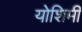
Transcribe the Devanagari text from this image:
योशिमी